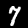
Label: 7